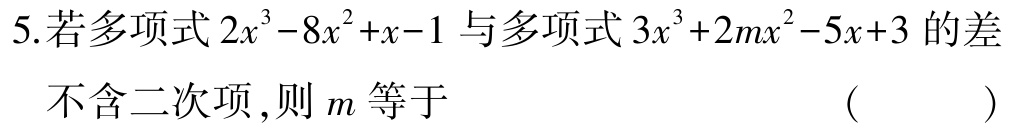
5.若多项式\(2x^{3}-8x^{2}+x - 1\)与多项式\(3x^{3}+2mx^{2}-5x + 3\)的差不含二次项,则\(m\)等于 （  ）